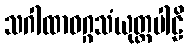
သဂါထာဝဂ္ဂသံယုတ္တပါဠိ